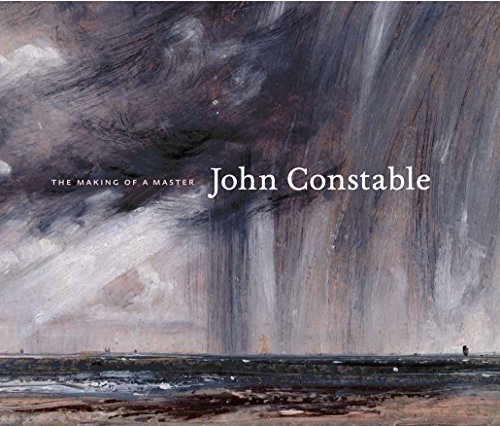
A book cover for John Constable: The Making of a Master; Mark Evans; Arts & Photography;